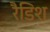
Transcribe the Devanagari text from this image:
रैडिश